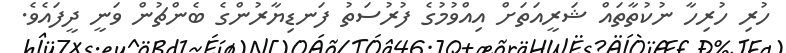
ހުރި ހުރިހާ ނުކުތާތައް ޝަރީއަތަށް އިއްވުމުގެ ފުރުސަތު ފަނޑިޔާރުންގެ ބެންޗުން ވަނީ ދީފައެވެ.